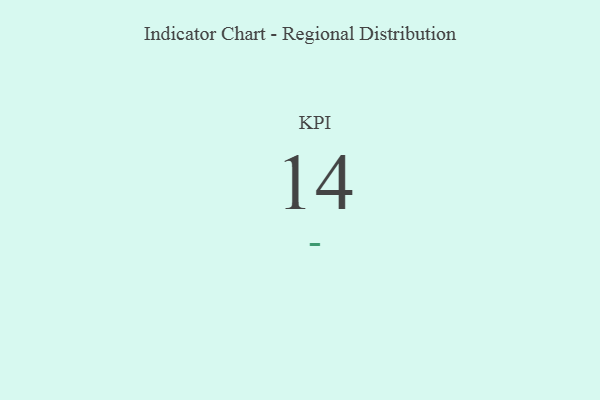
{"axis": {"x": "KPI", "y": "Value"}, "legend": [""], "data": [{"x": "KPI", "y": 14, "type": ""}]}